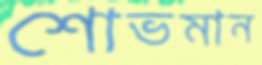
শোভমান